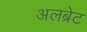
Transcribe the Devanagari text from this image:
अलब्रेट